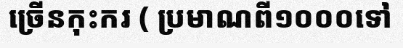
ច្រើនកុះករ ( ប្រមាណពី១០០០ទៅ